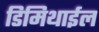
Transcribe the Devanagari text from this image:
डिमिथाईल